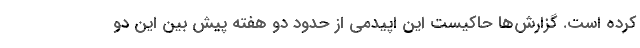
کرده است. گزارش‌ها حاکیست این اپیدمی از حدود دو هفته پیش بین این دو